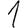
Digit: 1